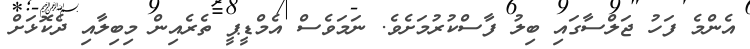
އެންމެ ފަހު ޖަލްސާގައި ބިލު ފާސްކުރުމަށެވެ. ނަމަވެސް އެމްޑީޕީ ތެރެއިން މިބިލާއި ދެކޮޅަށް